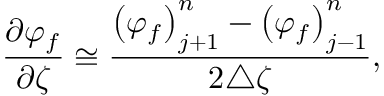
\frac { \partial \varphi _ { f } } { \partial \zeta } \cong \frac { { \left( \varphi _ { f } \right) } _ { j + 1 } ^ { n } - { \left( \varphi _ { f } \right) } _ { j - 1 } ^ { n } } { 2 \triangle \zeta } ,